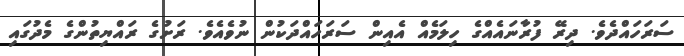
ސަރަހައްދެވެ. ދިރޭ ފުރާނައެއްގެ ހިލަމެއް އެއިން ސަރަހައްދަކުން ނުވެއެވެ. ރަށުގެ ރައްޔިތުންގެ މެދުގައި